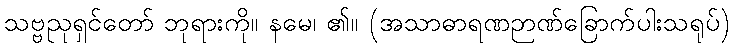
သဗ္ဗညုရှင်တော် ဘုရားကို။ နမေ၊ ၏။ (အသာဓာရဏဉာဏ်ခြောက်ပါးသရုပ်)